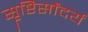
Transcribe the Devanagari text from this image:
सॄष्टिसौंदर्य